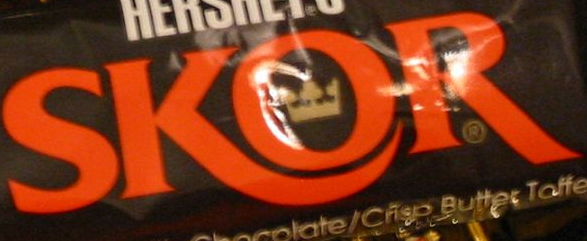
SKOR